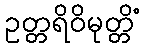
ဥတ္တရိဝိမုတ္တိံ